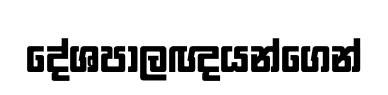
දේශපාලඥයන්ගෙන්